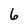
Character: 6